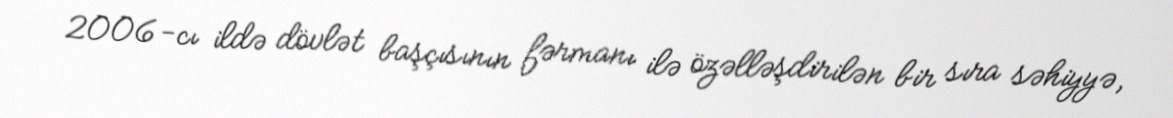
2006-cı ildə dövlət başçısının fərmanı ilə özəlləşdirilən bir sıra səhiyyə,